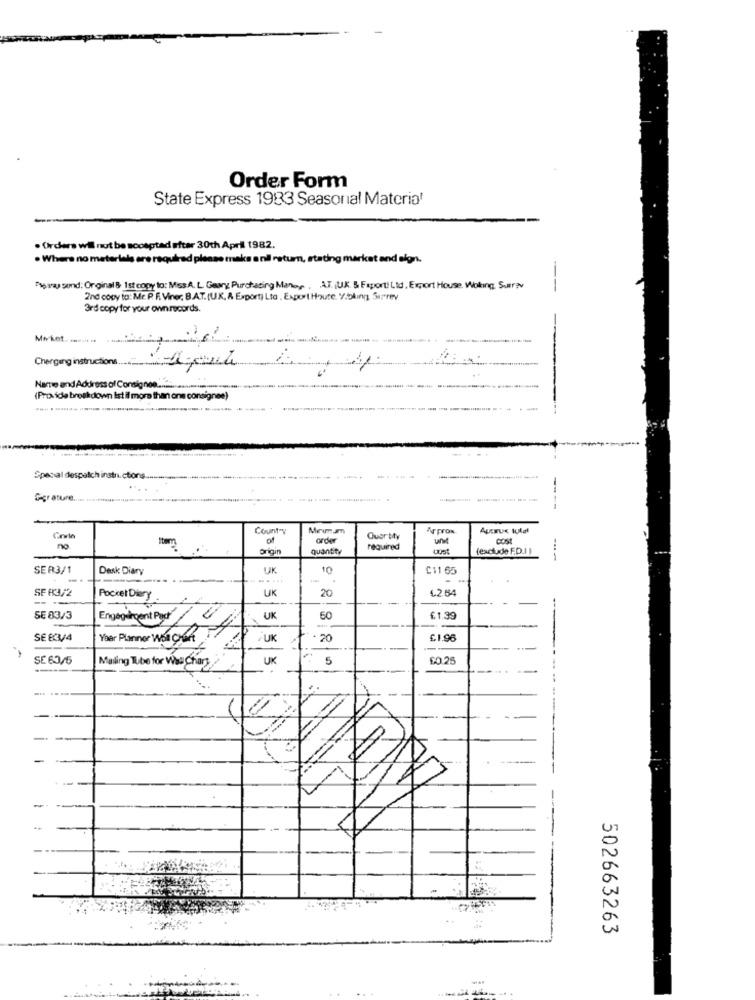
Order Form
State Express 1933 Seasonal Material
. Orders wil not be soosptad efter 30th April 1982.
. Where no materials are required please make a nil retum, stating market and sign.
Tig ray send: Original & 1st copy to: Miss.A. L. Geary Purchasing Mano ,. , AT. (UK & Export Lid , Export House. Woking, Saray
--
2nd cooy to: Mr. P. F. Viner. B.A.T.(U.K. A Export) Lto , Export Houte. Y.bking Surrey
3rd copy for your own records.
Charging instructions
Name and Address of Consignes
[Provide breakdown Ist il more than one consign
Special despatchinstn.ctions-
-
Gigrature.
. .
----
Count"y
MeumJm
Aprox
order
Quartty
Cost
no
origin
quantity
required
fexclude F.D.I)
---
SER3/1
Desk Diary
UK
10
C11 65
......
SF R3/2
UK
20
4254
Pocket Diery
SE 83/3
Engagercent Pac
UK
60
£1.39
SE ECM4
Year Plannor Wohl Chart
UK
. 20
£1.96
SE 63/5
UK
5
60.25
Maling Tube for Was Chary
502663263
-